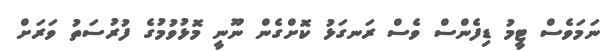
ނަމަވެސް ޓީމު ޑިފެންސް ވެސް ރަނގަޅު ކޮށްގެން ނޫނީ މޮޅުވުމުގެ ފުރުސަތު ވަރަށް